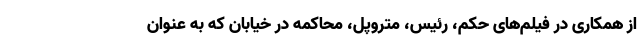
از همکاری در فیلم‌های حکم، رئیس، متروپل، محاکمه در خیابان که به عنوان